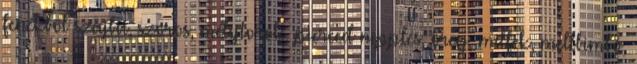
fenékből szájba, szoros, mélytorok, pierced nipples, öreg, milfek, mellbimbó,